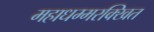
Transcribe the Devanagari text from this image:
महाधम्मरक्खित